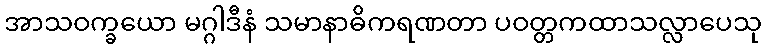
အာသဝက္ခယော မဂ္ဂါဒီနံ သမာနာဓိကရဏတာ ပဝတ္တကထာသလ္လာပေသု